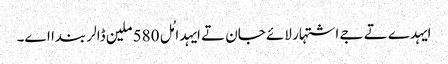
ایہدے تے جے اشتہار لائے جان تے ایہدا مُل 580 ملین ڈالر بندا اے۔